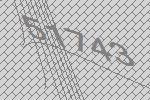
51743